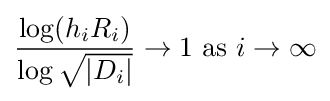
{\frac {\log(h_{i}R_{i})}{\log {\sqrt {|D_{i}|}}}}\to 1{\text{ as }}i\to \infty